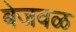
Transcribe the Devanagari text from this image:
बेजवळ